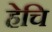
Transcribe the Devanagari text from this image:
हेचि